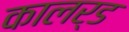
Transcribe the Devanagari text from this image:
कालर्ड